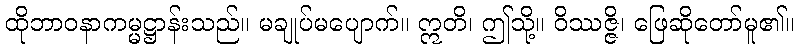
ထိုဘာဝနာကမ္မဋ္ဌာန်းသည်။ မချုပ်မပျောက်။ ဣတိ၊ ဤသို့။ ဝိဿဇ္ဇိ၊ ဖြေဆိုတော်မူ၏။